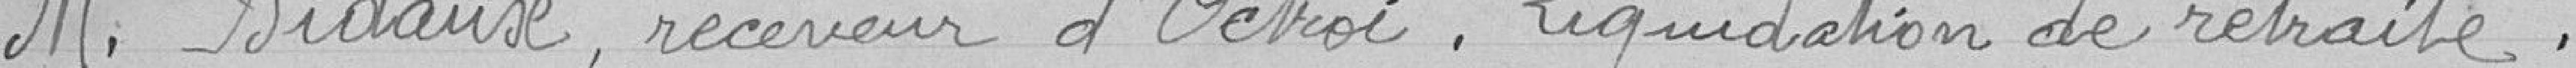
M. Bidaux , receveur d'Octroi. Liquidation de retraite .